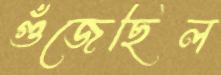
গুঁজেছিল